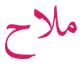
ملاح